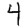
Digit: 4